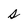
Character: s